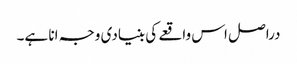
دراصل اس واقعے کی بنیادی وجہ انا ہے۔